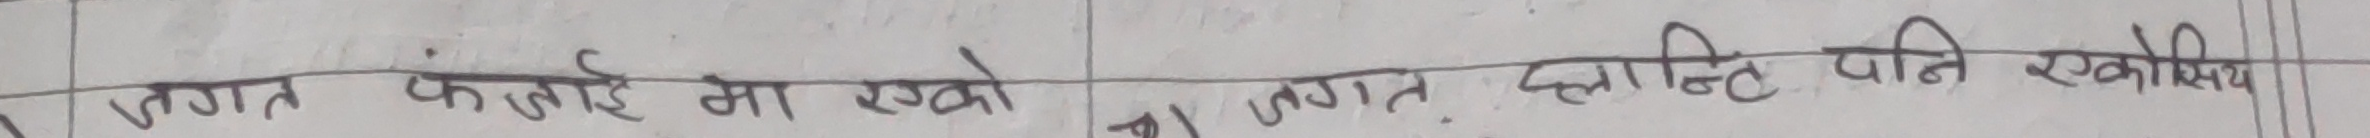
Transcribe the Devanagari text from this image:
जगत फँडाई मा रखेको जगत् क्लान्त पनि रखिएको